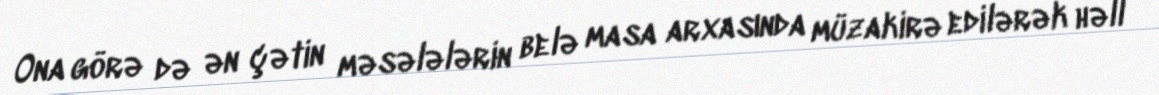
Ona görə də ən çətin məsələlərin belə masa arxasında müzakirə edilərək həll